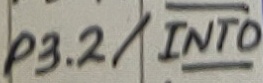
Text: P3.2/INT0